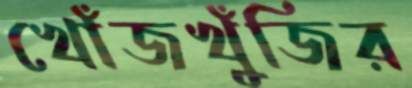
খোঁজখুঁজির